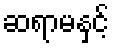
ဆရာမနှင့်